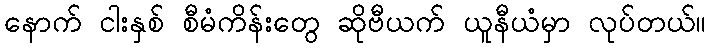
နောက် ငါးနှစ် စီမံကိန်းတွေ ဆိုဗီယက် ယူနီယံမှာ လုပ်တယ်။